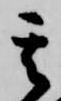
其